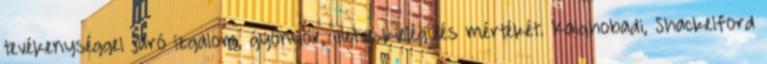
tevékenységgel járó izgalom, gyönyör, illetve kielégülés mértékét. Kaighobadi, Shackelford